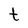
Character: t